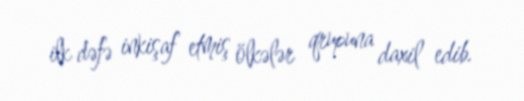
ilk dəfə inkişaf etmiş ölkələr qrupuna daxil edib.